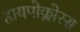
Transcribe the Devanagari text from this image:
हायपोक्लोरस